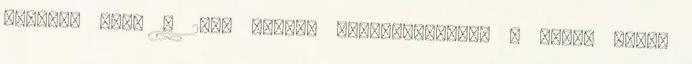
moziban volt a 200. magyar hangosfilmnek, a Dankó Pista